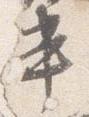
書